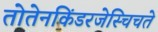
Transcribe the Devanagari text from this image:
तोतेनकिंडरजेस्चिचते